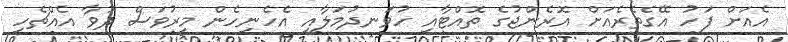
އެއަށް ފަހު އޭގެތެރެއަށް އޮރެންޖުގެ ތޮއްޓާއި ހުވަނދުމަލާއި އެހެނިހެން މީރުވަސް ދުވާ އެއްޗެހި